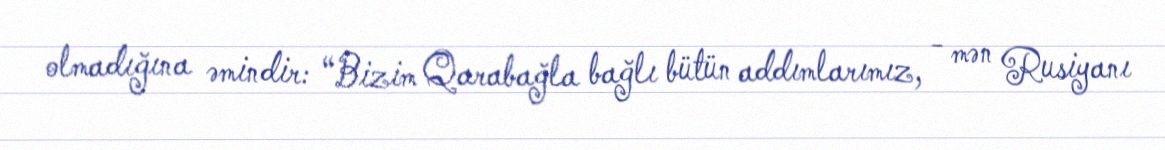
olmadığına əmindir: “Bizim Qarabağla bağlı bütün addımlarımız, - mən Rusiyanı